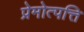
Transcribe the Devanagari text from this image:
प्रेमोत्पत्ति